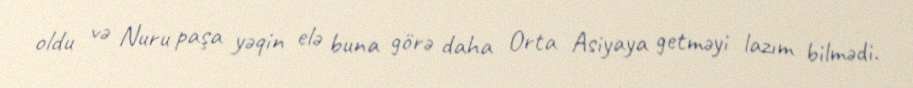
oldu və Nuru paşa yəqin elə buna görə daha Orta Asiyaya getməyi lazım bilmədi.